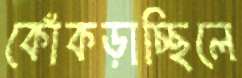
কোঁকড়াচ্ছিলে